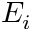
E _ { i }